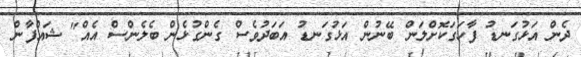
ދެން އަޅުގަނޑު ފާހަގަކޮށްލަން ބޭނުން އަޅުގަނޑު އަބަދުވެސް ގެންގުޅެން ބެލެންސް އެއް" ޝައްފާން